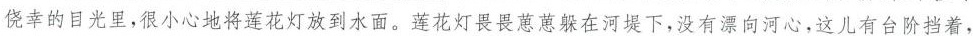
侥幸的目光里，很小心地将莲花灯放到水面。莲花灯畏畏葸葸躲在河堤下，没有漂向河心，这儿有台阶挡着，